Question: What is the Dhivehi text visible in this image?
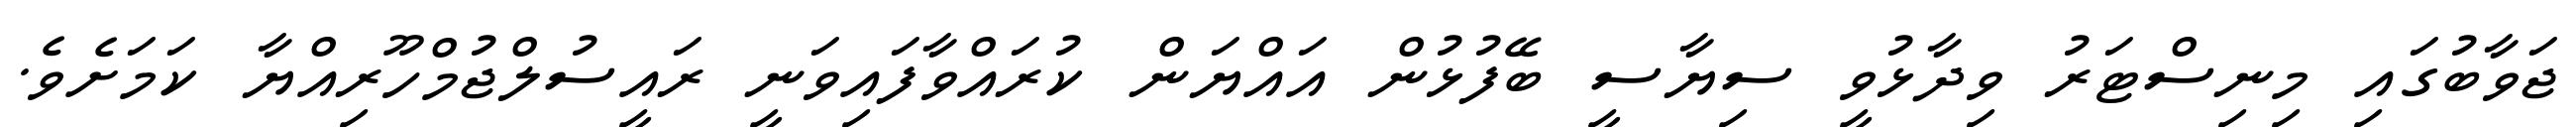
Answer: ޖަވާބުގައި މިނިސްޓަރު ވިދާޅުވީ ސިޔާސީ ބޭފުޅުން އައްޔަން ކުރައްވާފައިވަނީ ރައީސުލްޖުމްހޫރިއްޔާ ކަމަށެވެ.